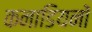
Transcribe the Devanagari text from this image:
कनाडियनों